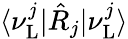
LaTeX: \langle\nu_{\mathrm{L}}^{j}|\hat{R}_{j}|\nu_{\mathrm{L}}^{j}\rangle